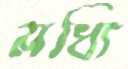
মধ্যি